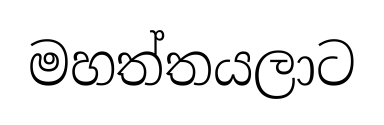
මහත්තයලාට